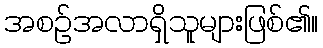
အစဉ်အလာရှိသူများဖြစ်၏။